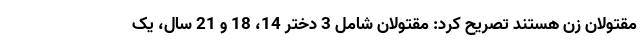
مقتولان زن هستند تصریح کرد: مقتولان شامل 3 دختر 14، 18 و 21 سال، یک